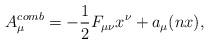
LaTeX: \begin{align*}A\sb{\mu}\sp{comb}=-\frac{1}{2}F\sb{\mu\nu}x\sp{\nu}+a\sb{\mu}(nx),\end{align*}